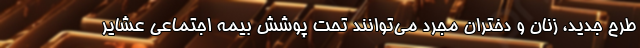
طرح جدید، زنان و دختران مجرد می‌توانند تحت پوشش بیمه اجتماعی عشایر